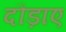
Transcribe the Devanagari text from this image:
दौड़ाए